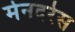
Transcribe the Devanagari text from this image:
मेनदरेस